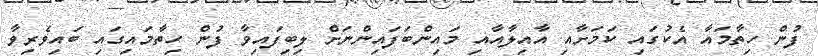
ފުން ހިތާމައާ އެކުގައި ކަމަށާއި އާއިލާއާއި މައިންބަފައިންނަށް ލިބިފައިވާ ފުން ހިތާމައިގައި ބައިވެރިވާ